Relation of titanus [i.e. tetanus] to the hypodermic or intramuscular injection of quinine - Number 43
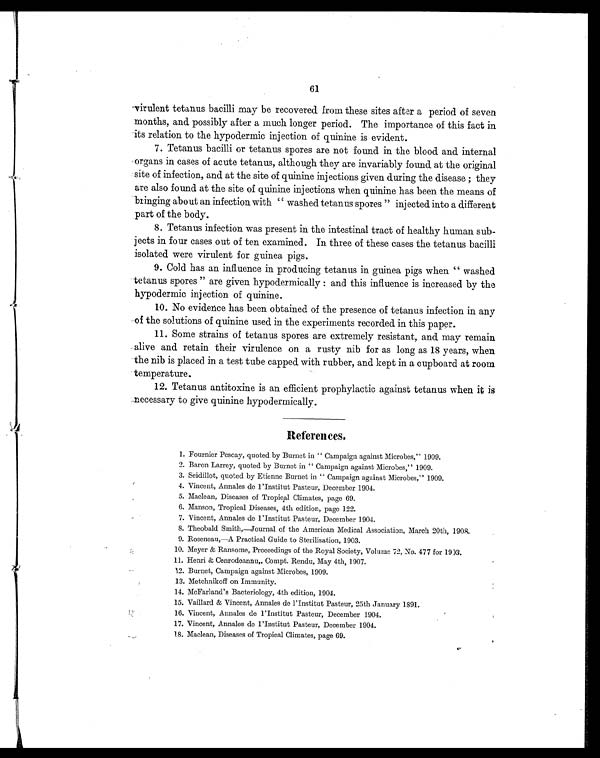
61
virulent tetanus bacilli may be recovered from these sites after a period of seven
months, and. possibly after a much longer period. The importance of this fact in
its relation to the hypodermic injection of quinine is evident.
7. Tetanus bacilli or tetanus spores are not found in the blood and internal
organs in cases of acute tetanus, although they are invariably found at the original
site of infection, and at the site of quinine injections given during the disease ; they
are also found at the site of quinine injections when quinine has been the means of
bringing about an infection with " washed tetanus spores " injected into a different
part of the body.
8. Tetanus infection was present in the intestinal tract of healthy human sub
- j e c t s i n f o u r c a s e s o u t o f t e n e x a m i n e d . I n t h r e e o f t h e s e c a s e s t h e t e t a n u s b a c i l l i
isolated were virulent for guinea pigs.
9. Cold has an influence in producing tetanus in guinea pigs when " washed
tetanus spores " are given hypodermically : and this influence is increased by the
hypodermic injection of quinine.
10. No evidence has been obtained of the presence of tetanus infection in any
of the solutions of quinine used in the experiments recorded in this paper.
11. Some strains of tetanus spores are extremely resistant, and may remain
alive and retain their virulence on a rusty nib for as long as 18 years, when
the nib is placed in a test tube capped with rubber, and kept in a cupboard at room
temperature.
12. Tetanus antitoxine is an efficient prophylactic against tetanus when it is
necessary to give quinine hypodermically.
References.
1 . F o u r n i e r P e s c a y , q u o t e d b y B u r n e t i n
2 . B a r o n L a r r e y , q u o t e d b y B u r n e t i n " C
3 . S e i d i l l o t , q u o t e d b y E t i e n n e B u r n e t i n
4 . V i n c e n t , A n n a l e s d e l ' I n s t i t u t P a s t e u r
5 . M a c l e a n , D i s e a s e s o f T r o p i c a l C l i m a
6 . M a n s o n , T r o p i c a l D i s e a s e s , 4 t h e d i t i
7 . V i n c e n t , A n n a l e s d e I ' I n s t i t u t P a s t e u r
8 . T h e o b a l d S m i t h , — J o u r n a l o f t h e A m
1 1 . H e n r i & C e n r o d e a n n u „ C o m p t . R e n
1 2 . Bu r n e t , Ca mp a i g n a g a i n s t Mi c r o b e s , 1 9 0 9 .
13. Metchnikoff on Immunity.
14. McFarl and' s Bacteri ol ogy, 4th edi ti on, 1904.
15. Vai l l ard & Vi ncent, Annal es de l ' Insti tut Pasteur, 25th January 1891.
16. Vincent, Annales de I'Institut Pasteur, December 1904.
17. Vi ncent, Annal es de I' Insti tut Pasteur, December 1904.
18. Macl ean, Di seases of Tropi cal Cl i mates, page 69.